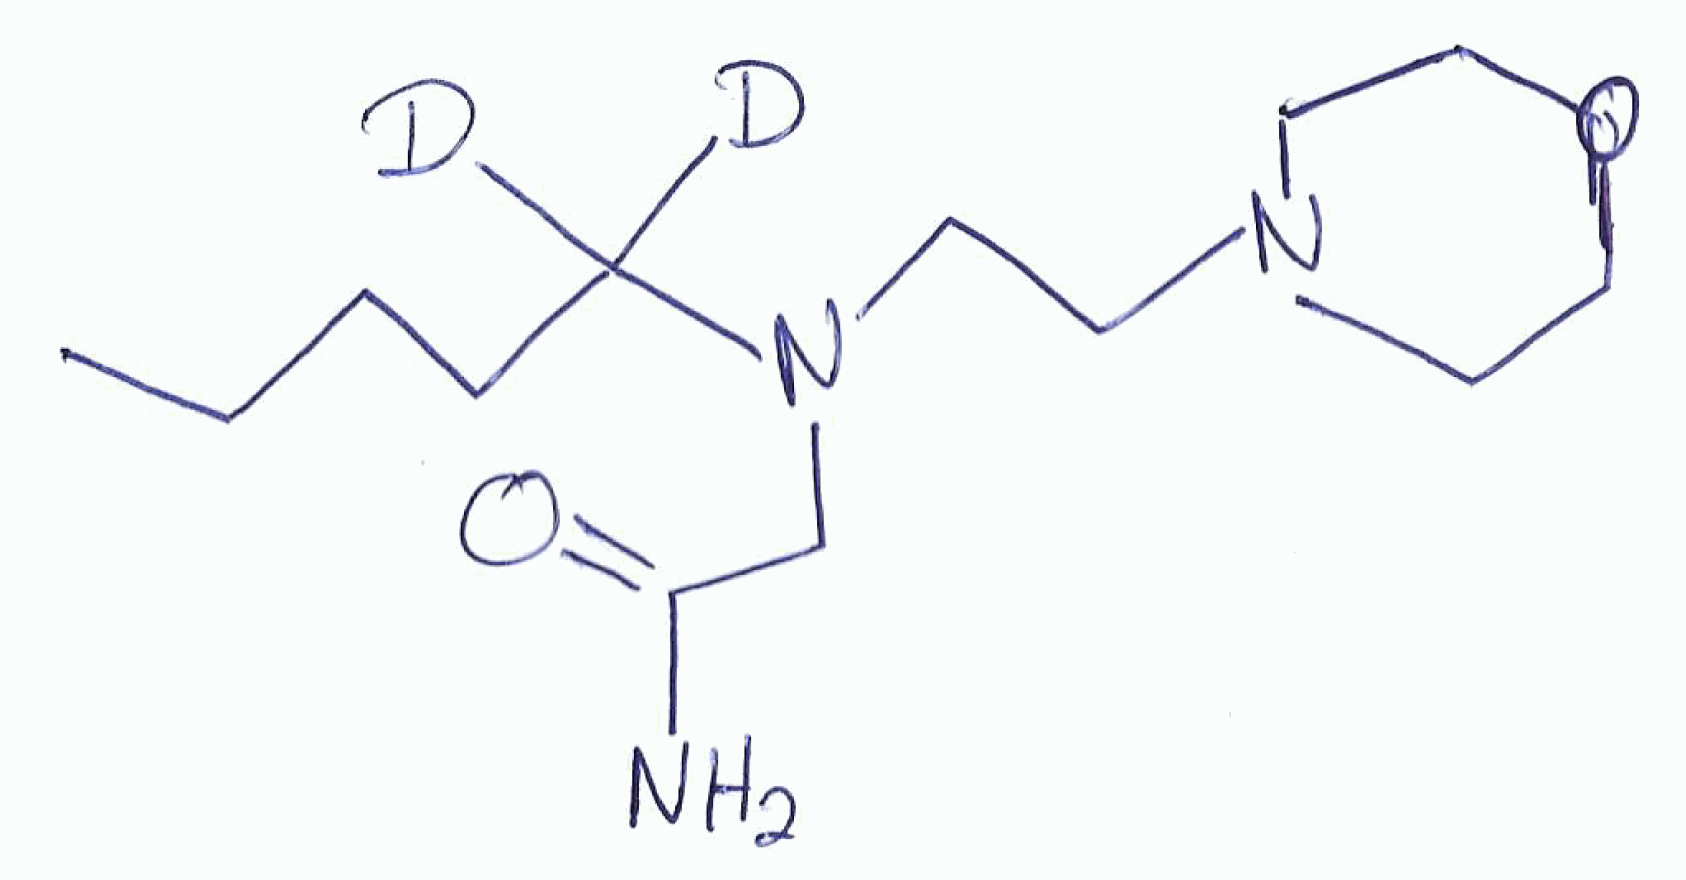
Simplified molecular-input line-entry system (SMILES) notation of the given molecule:
[2H]C([2H])(CCCC)N(CCN1CCOCC1)CC(=O)N